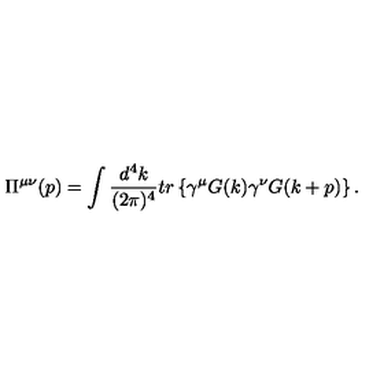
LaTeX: \Pi ^ { \mu \nu } ( p ) = \int \frac { d ^ { 4 } k } { ( 2 \pi ) ^ { 4 } } t r \left\{ \gamma ^ { \mu } G ( k ) \gamma ^ { \nu } G ( k + p ) \right\} .